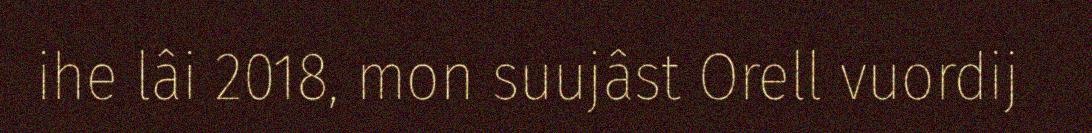
ihe lâi 2018, mon suujâst Orell vuordij